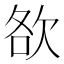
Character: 𣢷